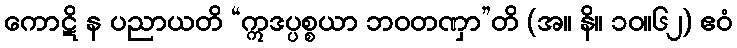
ကောဋိ န ပညာယတိ “ဣဒပ္ပစ္စယာ ဘဝတဏှာ”တိ (အ။ နိ။ ၁၀။၆၂) ဧဝံ